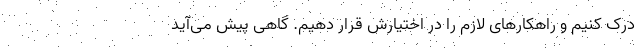
درک کنیم و راهکارهای لازم را در اختیارش قرار دهیم. گاهی پیش می‌آید